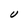
Character: U